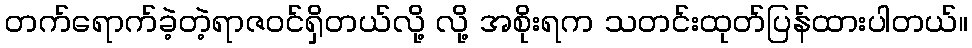
တက်ရောက်ခဲ့တဲ့ရာဇဝင်ရှိတယ်လို့ လို့ အစိုးရက သတင်းထုတ်ပြန်ထားပါတယ်။